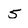
Character: 5